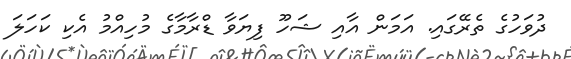
ދުވަހުގެ ތެރޭގައި. އަމަން އާއި ޝަހޫ ފިޔަވާ ޑްރާމާގެ މުހިއްމު އެކި ކަހަލަ